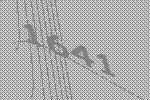
1641